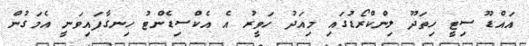
އައްޑޫ ސިޓީ ހިތަދޫ ލިންކްރޯޑުގައި މިއަދު ހަވީރު އެ އެކްސިޑެންޓު ހިނގާފައިވަނީ އެމަގުން